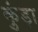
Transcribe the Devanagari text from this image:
कुंड़ा